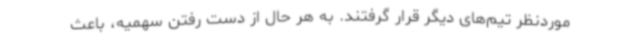
موردنظر تیم‌های دیگر قرار گرفتند. به هر حال از دست رفتن سهمیه، باعث